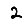
Digit: 2